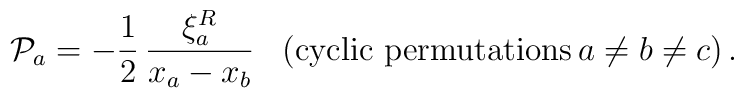
{\cal P}_a = - \frac{1}{2}\, \frac{\xi^R_a}{x_a - x_b} \,\,\,\,\,(\mbox{cyclic permutations} \, a\not = b \not = c)\,.